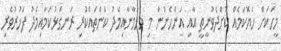
މީހަކަށް ހެޔޮކަމެއް ކޮށްދެވުނީތީ އާއި އަންހެނުން މި މެހުމާނާއިމެދު ކަންތައްކުރި ރަނގަޅުކަމާއިމެދު ފަޚުރުވެރި